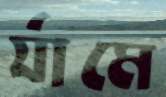
র‍্যামে